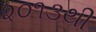
૨૦૧૩થી